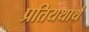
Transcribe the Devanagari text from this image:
प्रतियथार्थ